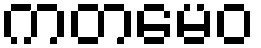
ကတမေဝ